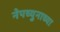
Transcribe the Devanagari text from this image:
नेपच्युनाच्या